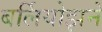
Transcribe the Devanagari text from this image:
बर्लियोझने